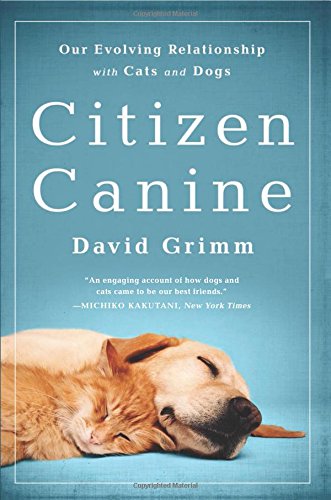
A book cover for Citizen Canine: Our Evolving Relationship with Cats and Dogs; David Grimm; Science & Math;